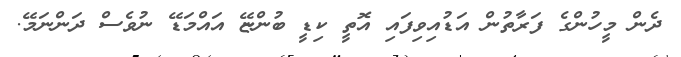
ދެން މީހުންގެ ފަރާތުން އަޑުއިވިފައި އޮތީ ކިޑީ ބުންޏޭ އައްމަޑޭ ނުވެސް ދަންނަމޭ.